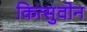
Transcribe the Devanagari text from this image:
कित्सुवोन